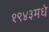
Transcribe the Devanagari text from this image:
१९४३मधे